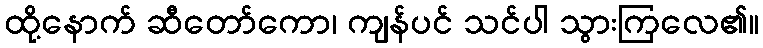
ထို့နောက် ဆီတော်ကော၊ ကျန်ပင် သင်ပါ သွားကြလေ၏။